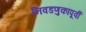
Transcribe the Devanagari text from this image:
निवडणुकांपूर्वी